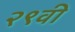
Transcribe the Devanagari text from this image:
२९वी